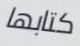
كتابها